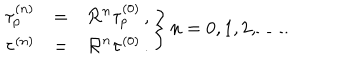
LaTeX: \left. \begin{array} { r c l } { { \tau _ { p } ^ { ( n ) } } } & { { = } } & { { { \cal R } ^ { n } \tau _ { p } ^ { ( 0 ) } \, , } } \\ { { \tau ^ { ( n ) } } } & { { = } } & { { { \cal R } ^ { n } \tau ^ { ( 0 ) } \, . } } \\ \end{array} \right\} n = 0 , 1 , 2 , \ldots .